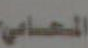
المحامي